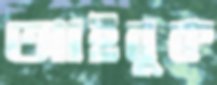
আইবুক